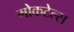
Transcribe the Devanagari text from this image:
मोकटेल्स